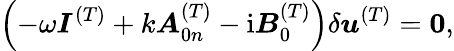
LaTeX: \left(-\omega\boldsymbol{I}^{(T)}+k\boldsymbol{A}_{0n}^{(T)}-{\mathrm{i}}\boldsymbol{B}_{0}^{(T)}\right)\delta\boldsymbol{u}^{(T)}={\mathbf{0}},